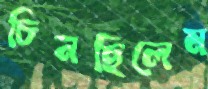
চিনছিলেম